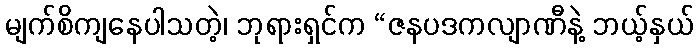
မျက်စိကျနေပါသတဲ့၊ ဘုရားရှင်က “ဇနပဒကလျာဏီနဲ့ ဘယ့်နှယ်